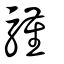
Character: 騹